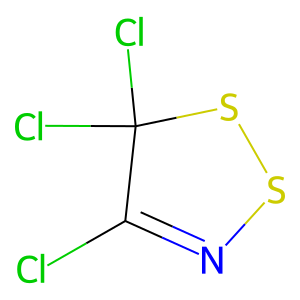
SMILES: ClC1=NSSC1(Cl)Cl
Inhibits HIV replication: No